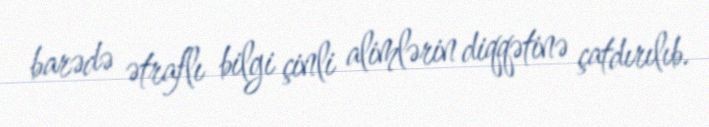
barədə ətraflı bilgi çinli alimlərin diqqətinə çatdırılıb.